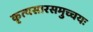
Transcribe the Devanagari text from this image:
कृत्यसारसमुच्चयः